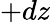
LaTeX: +dz